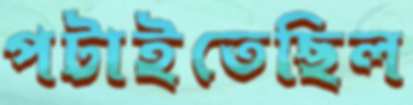
পটাইতেছিল